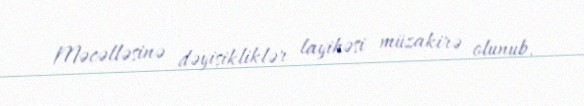
Məcəlləsinə dəyişikliklər layihəsi müzakirə olunub.